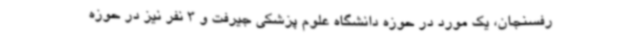
رفسنجان، یک مورد در حوزه دانشگاه علوم پزشکی جیرفت و 3 نفر نیز در حوزه